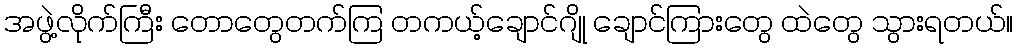
အဖွဲ့လိုက်ကြီး တောတွေတက်ကြ တကယ့်ချောင်ဂျို ချောင်ကြားတွေ ထဲတွေ သွားရတယ်။